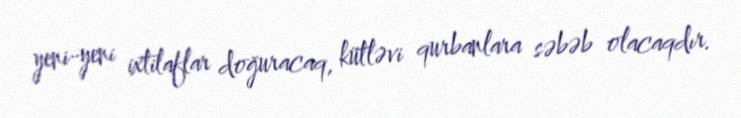
yeni-yeni ixtilaflar doğuracaq, kütləvi qurbanlara səbəb olacaqdır.